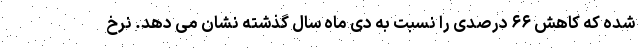
شده که کاهش ۶۶ درصدی را نسبت به دی ماه سال گذشته نشان می دهد. نرخ